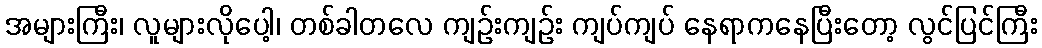
အများကြီး၊ လူများလိုပေါ့၊ တစ်ခါတလေ ကျဉ်းကျဉ်း ကျပ်ကျပ် နေရာကနေပြီးတော့ လွင်ပြင်ကြီး